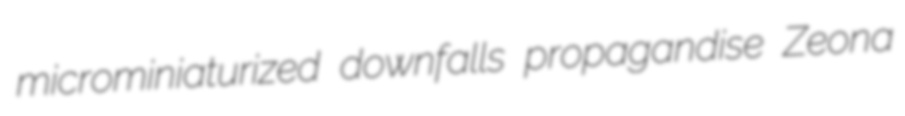
microminiaturized downfalls propagandise Zeona